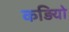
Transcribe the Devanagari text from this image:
कड़ियो